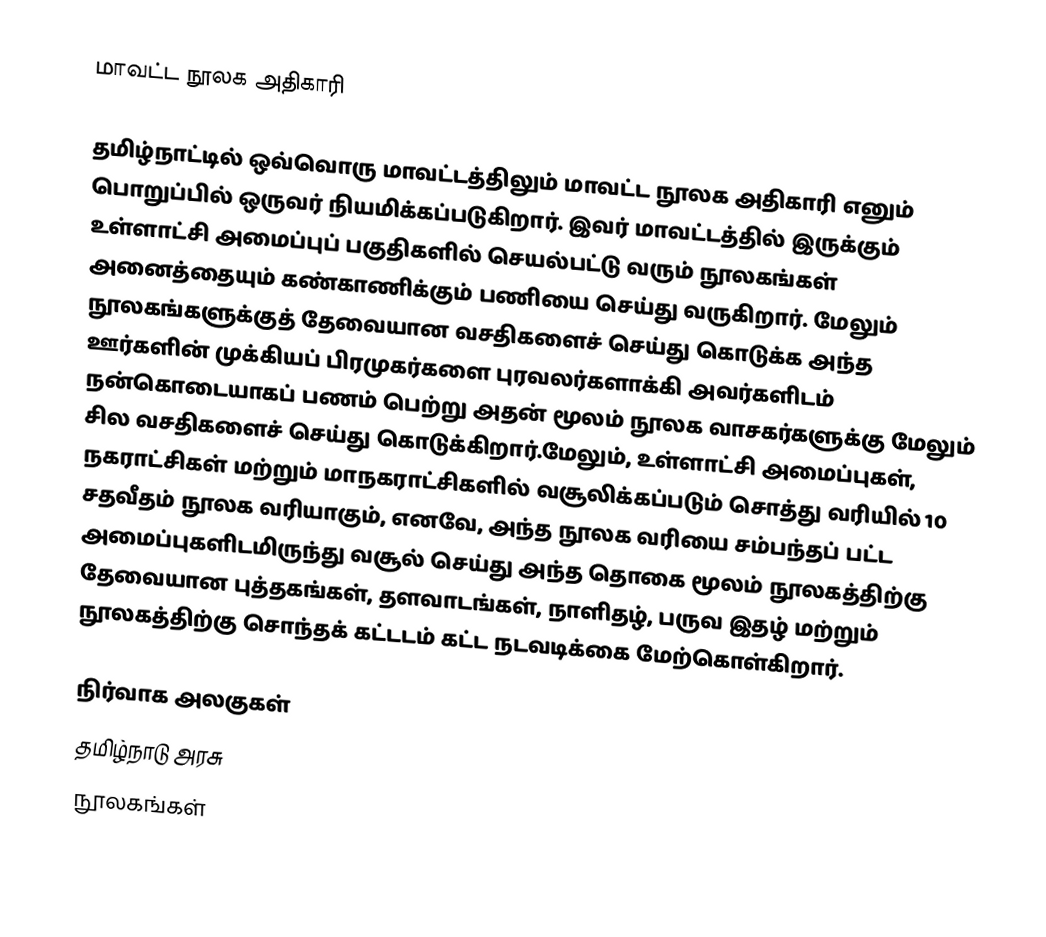
மாவட்ட நூலக அதிகாரி

தமிழ்நாட்டில் ஒவ்வொரு மாவட்டத்திலும் மாவட்ட நூலக அதிகாரி எனும் பொறுப்பில் ஒருவர் நியமிக்கப்படுகிறார். இவர் மாவட்டத்தில் இருக்கும் உள்ளாட்சி அமைப்புப் பகுதிகளில் செயல்பட்டு வரும் நூலகங்கள் அனைத்தையும் கண்காணிக்கும் பணியை செய்து வருகிறார். மேலும் நூலகங்களுக்குத் தேவையான வசதிகளைச் செய்து கொடுக்க அந்த ஊர்களின் முக்கியப் பிரமுகர்களை புரவலர்களாக்கி அவர்களிடம் நன்கொடையாகப் பணம் பெற்று அதன் மூலம் நூலக வாசகர்களுக்கு மேலும் சில வசதிகளைச் செய்து கொடுக்கிறார்.மேலும், உள்ளாட்சி அமைப்புகள், நகராட்சிகள் மற்றும் மாநகராட்சிகளில் வசூலிக்கப்படும் சொத்து வரியில் 10 சதவீதம் நூலக வரியாகும், எனவே, அந்த நூலக வரியை சம்பந்தப் பட்ட அமைப்புகளிடமிருந்து வசூல் செய்து அந்த தொகை மூலம் நூலகத்திற்கு தேவையான புத்தகங்கள், தளவாடங்கள், நாளிதழ், பருவ இதழ் மற்றும் நூலகத்திற்கு சொந்தக் கட்டடம் கட்ட நடவடிக்கை மேற்கொள்கிறார்.   

நிர்வாக அலகுகள்
தமிழ்நாடு அரசு
நூலகங்கள்